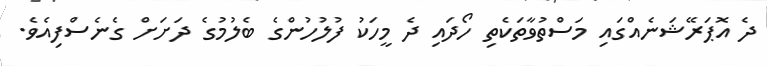
ދެ އޮޕަރޭޝަނެއްގައި މަސްތުވާތަކެތި ހޯދައި ދެ މީހަކު ފުލުހުންގެ ބެލުމުގެ ދަށަށް ގެނެސްފިއެވެ.